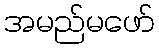
အမည်မဖော်